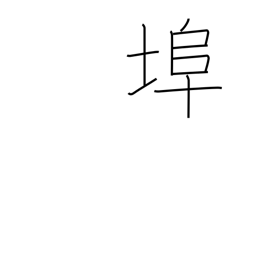
Meaning: wharf